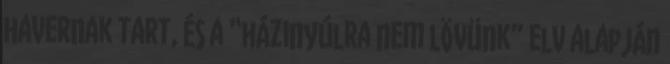
havernak tart, és a “házinyúlra nem lövünk” elv alapján